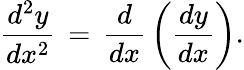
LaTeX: {\frac{d^{2}y}{dx^{2}}}\, =\, {\frac{d}{dx}}\left({\frac{dy}{dx}}\right).